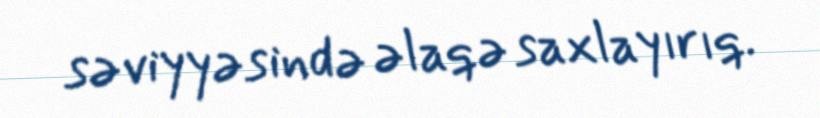
səviyyəsində əlaqə saxlayırıq.